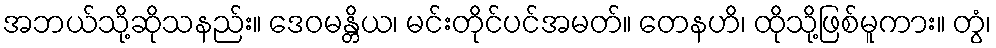
အဘယ်သို့ဆိုသနည်း။ ဒေဝမန္တိယ၊ မင်းတိုင်ပင်အမတ်။ တေနဟိ၊ ထိုသို့ဖြစ်မူကား။ တွံ၊